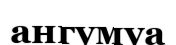
ангумуа